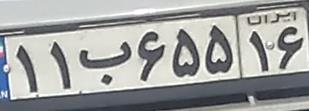
۱۱ب۶۵۵۱۶